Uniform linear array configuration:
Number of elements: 32
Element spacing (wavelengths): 0.75
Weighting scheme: cosine
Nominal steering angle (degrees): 30
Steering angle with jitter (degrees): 31.154
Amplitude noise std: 0.05
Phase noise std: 0.05

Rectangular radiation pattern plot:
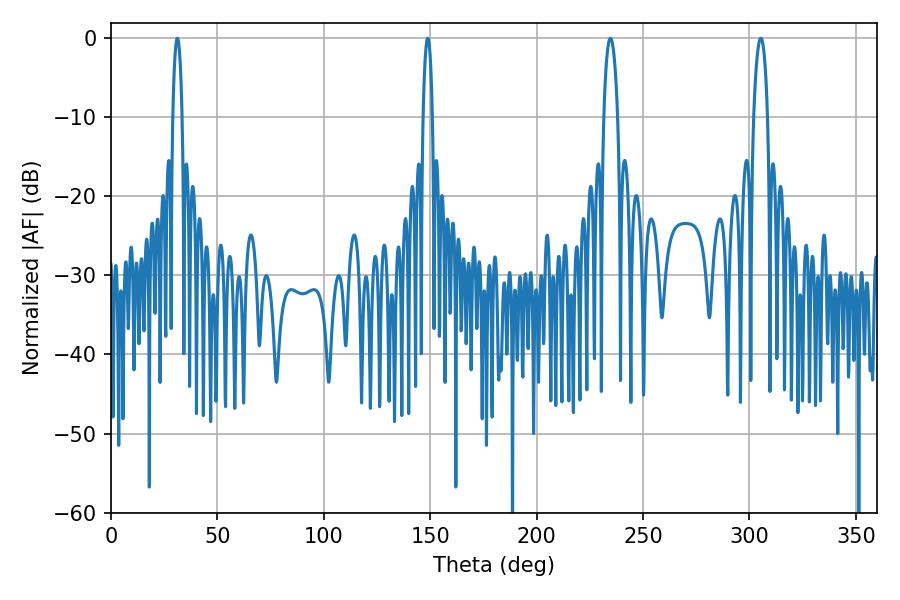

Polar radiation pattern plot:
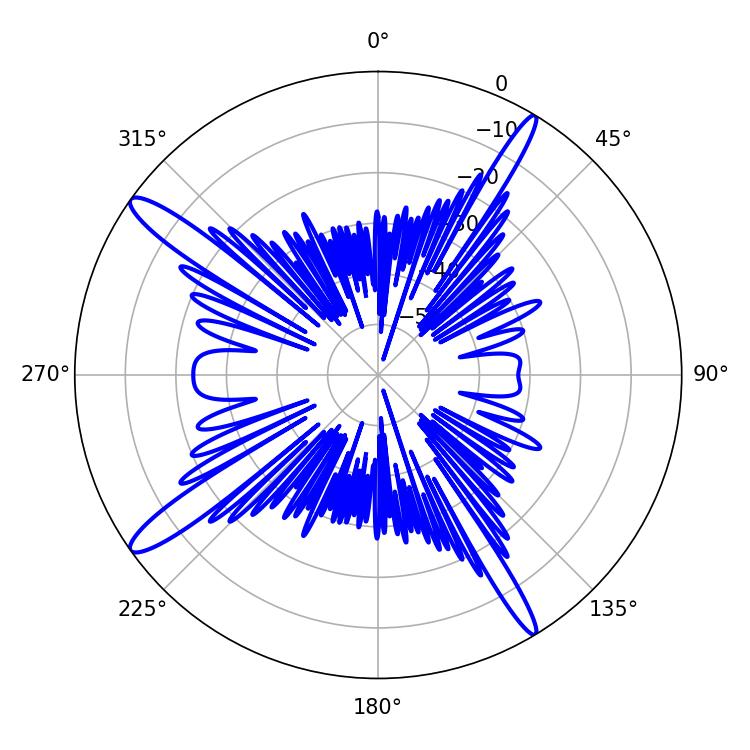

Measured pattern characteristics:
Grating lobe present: TRUE
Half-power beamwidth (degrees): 2.52
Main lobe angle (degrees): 31.14